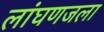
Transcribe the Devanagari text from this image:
लांघणजला